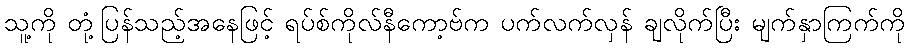
သူ့ကို တုံ့ပြန်သည့်အနေဖြင့် ရပ်စ်ကိုလ်နီကော့ဗ်က ပက်လက်လှန် ချလိုက်ပြီး မျက်နှာကြက်ကို